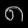
Digit: ၈